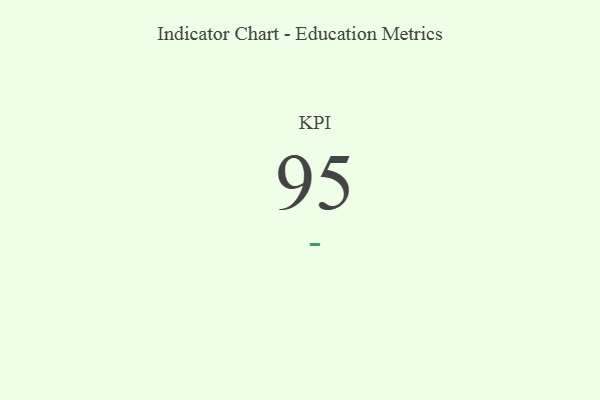
{"axis": {"x": "KPI", "y": "Value"}, "legend": [""], "data": [{"x": "KPI", "y": 95, "type": ""}]}